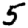
Digit: 5